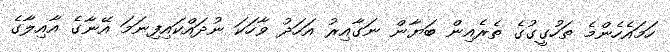
ހަމައެހެންމެ ތަހުގީގުގެ ތެރެއިން ބަޔާން ނަގާއިރު އަހަދު ވާހަކަ ނުދައްކައިފިނަމަ އޭނާގެ އާއިލާގެ